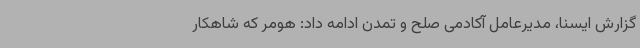
گزارش ایسنا، مدیرعامل آکادمی صلح و تمدن ادامه داد: هومر که شاهکار